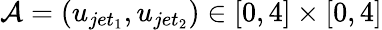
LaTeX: \mathcal{A}=(u_{jet_{1}},u_{jet_{2}})\in[0,4]\times[0,4]